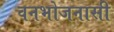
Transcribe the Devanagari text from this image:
वनभोजनासी